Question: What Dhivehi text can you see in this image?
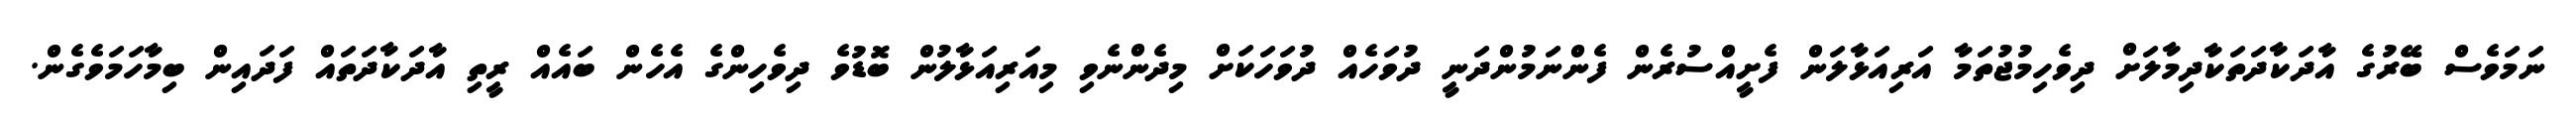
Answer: ނަމަވެސް ބޭރުގެ އާދަކާދަތަކާދިމާލަށް ދިވެހިމުޖުތަމާ އަރިއަޅާލަން ފެށީއްސުރެން ފެންނަމުންދަނީ ދުވަހެއް ދުވަހަކަށް މިދެންނެވި މިއަރިއަޅާލުން ބޮޑުވެ ދިވެހިންގެ އެހެން ބައެއް ރީތި އާދަކާދަތައް ފަދައިން ބިމާހަމަވެގެން.